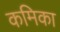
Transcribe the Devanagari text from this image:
कमिका